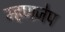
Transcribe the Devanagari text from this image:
म्हणजेप